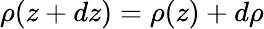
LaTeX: \rho(z+dz)=\rho(z)+d\rho